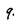
Character: 9